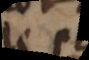
leve et